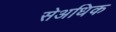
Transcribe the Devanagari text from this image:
सेअधिक